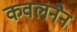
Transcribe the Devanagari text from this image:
कवलनैन